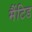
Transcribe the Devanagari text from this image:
मैंटिड